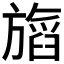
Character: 𬀖